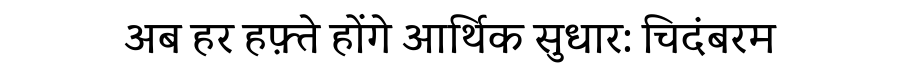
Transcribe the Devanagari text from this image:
अब हर हफ़्ते होंगे आर्थिक सुधार: चिदंबरम